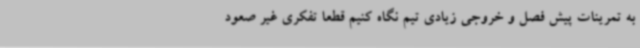
به تمرینات پیش فصل و خروجی زیادی تیم نگاه کنیم قطعا تفکری غیر صعود